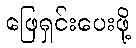
ဖြေရှင်းပေးဖို့